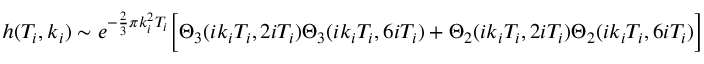
h ( T _ { i } , k _ { i } ) \sim e ^ { - \frac { 2 } { 3 } \pi k _ { i } ^ { 2 } T _ { i } } \Bigl [ \Theta _ { 3 } ( i k _ { i } T _ { i } , 2 i T _ { i } ) \Theta _ { 3 } ( i k _ { i } T _ { i } , 6 i T _ { i } ) + \Theta _ { 2 } ( i k _ { i } T _ { i } , 2 i T _ { i } ) \Theta _ { 2 } ( i k _ { i } T _ { i } , 6 i T _ { i } ) \Bigr ]